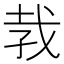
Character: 𪭋